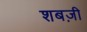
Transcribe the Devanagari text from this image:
शबज़ी